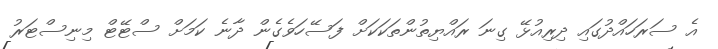
އެ ސަރަހައްދުގައި ދިރިއުޅޭ ގިނަ ރައްޔިތުންތަކަކަށް ފަސޭހަވެގެން ދާނެ ކަމަށް ސްޓޭޓް މިނިސްޓަރު